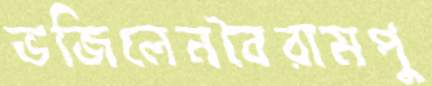
ভজিলেনবৈরামপু